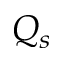
Q _ { s }